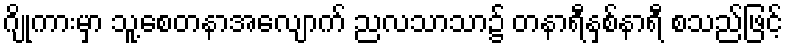
ဂျိုကားမှာ သူ့စေတနာအလျောက် ညလသာသာ၌ တနာရီနှစ်နာရီ စသည်ဖြင့်